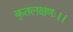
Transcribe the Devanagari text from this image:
कृतलक्षणः।।